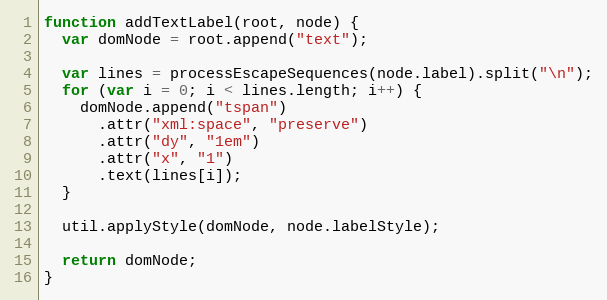
Language: JavaScript
function addTextLabel(root, node) {
  var domNode = root.append("text");

  var lines = processEscapeSequences(node.label).split("\n");
  for (var i = 0; i < lines.length; i++) {
    domNode.append("tspan")
      .attr("xml:space", "preserve")
      .attr("dy", "1em")
      .attr("x", "1")
      .text(lines[i]);
  }

  util.applyStyle(domNode, node.labelStyle);

  return domNode;
}